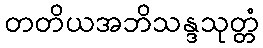
တတိယအဘိသန္ဒသုတ္တံ